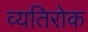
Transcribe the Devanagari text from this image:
व्यतिरोक